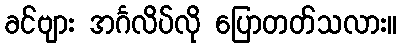
ခင်ဗျား အင်္ဂလိပ်လို ပြောတတ်သလား။